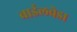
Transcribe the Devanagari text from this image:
बाईलवेडा